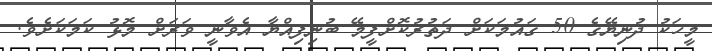
މީހަކު ދުނިޔޭގެ 50 ގައުމަކަށް ދަތުރުކޮށްފީމޭ ބުނިފިއްޔާ އެވާނީ ވަރަށް މޮޅު ކަމަކަށެވެ.